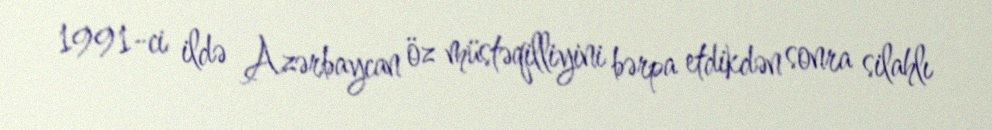
1991-ci ildə Azərbaycan öz müstəqilliyini bərpa etdikdən sonra silahlı